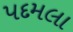
પદમલા